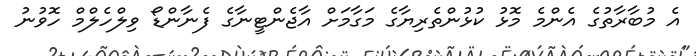
އެ މުބާރާތުގެ އެންމެ މޮޅު ކުޅުންތެރިޔާގެ މަގާމަށް އާޖެންޓީނާގެ ފެނާންޑޯ ވިލްހެލްމް ހޮވުނު